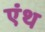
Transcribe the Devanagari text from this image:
एंथ